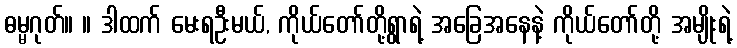
ဓမ္မဂုတ်။ ။ ဒါထက် မေးရဦးမယ်, ကိုယ်တော်တို့ရွာရဲ့ အခြေအနေနဲ့ ကိုယ်တော်တို့ အမျိုးရဲ့